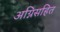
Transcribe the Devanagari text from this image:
अग्निसहित